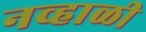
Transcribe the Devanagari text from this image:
नव्हाळी